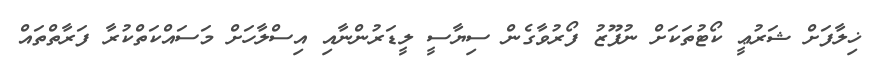
ޚިލާފަށް ޝަރުޢީ ކޯޓުތަކަށް ނުފޫޒު ފޯރުވާގެން ސިޔާސީ ލީޑަރުންނާއި އިސްލާހަށް މަސައްކަތްކުރާ ފަރާތްތައް